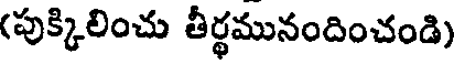
(పుక్కిలించు తీర్థమునందించండి)